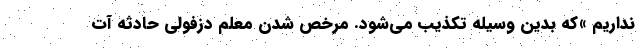
نداریم »که بدین وسیله تکذیب می‌شود. مرخص شدن معلم دزفولی حادثه آت